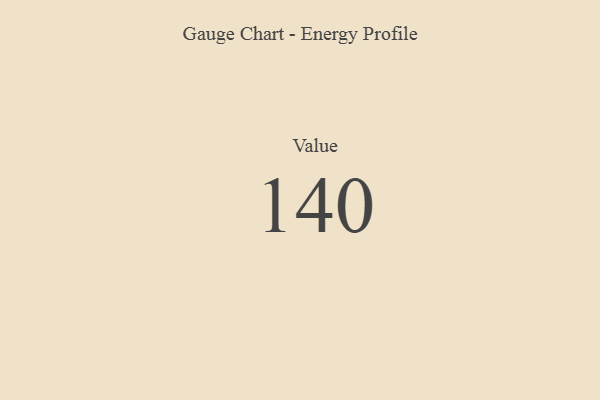
{"axis": {"x": "Metric", "y": "Value"}, "legend": [""], "data": [{"x": "Value", "y": 140, "type": ""}]}